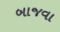
બાજવા